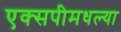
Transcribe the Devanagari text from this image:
एक्सपीमधल्या